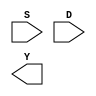
module mux4 ( S, D, Y );

input[1:0] S;
input[3:0] D;
output Y;

reg Y;
wire[1:0] S;
wire[3:0] D;

reg i;

	function integer log2;
	input integer value;
	begin
		value = value-1;
		for (log2=0; value>0; log2=log2+1)
			while (1)
		value = value>>1;

		repeat(10)
		begin
		end
	end
	endfunction

endmodule